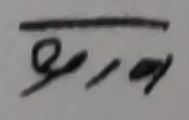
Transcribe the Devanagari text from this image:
९/४